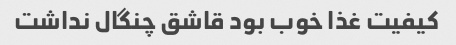
کیفیت غذا خوب بود قاشق چنگال نداشت